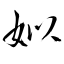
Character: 姒